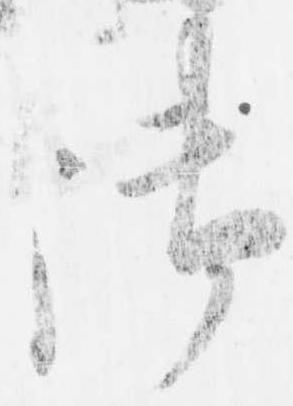
御